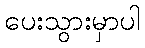
ပေးသွားမှာပါ